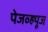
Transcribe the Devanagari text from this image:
पेजव्ह्यूज